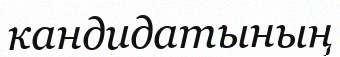
кандидатының